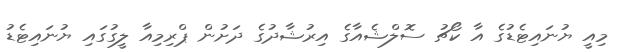
މިއީ ޔުނައިޓެޑުގެ އާ ކޯޗު ސޮލްޝެއާގެ އިރުޝާދުގެ ދަށުން ޕްރިމިއާ ލީގުގައި ޔުނައިޓެޑު